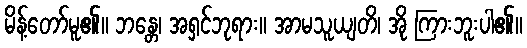
မိန့်တော်မူ၏။ ဘန္တေ၊ အရှင်ဘုရား။ အာမသူယျတိ၊ အို ကြားဘူးပါ၏။